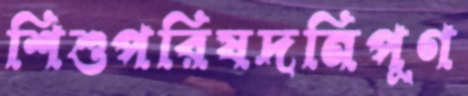
শিশুপরিষদনিপুণ